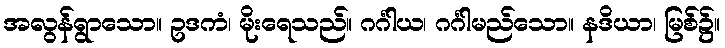
အလွန်ရွာသော။ ဥဒကံ၊ မိုးရေသည်။ ဂင်္ဂါယ၊ ဂင်္ဂါမည်သော။ နဒိယာ၊ မြစ်၌။